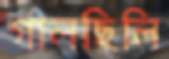
গালছিলি